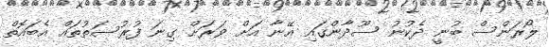
ލޯރަންސް ބުނީ ދެކުނު ސޫދާންގައި އޭނާ އަށް ވަރަށް ގިނަ ފުރުސަތުތައް އެބައޮތް